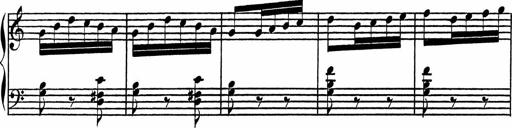
Title: 4 Piano Sonatinas
Composer: Adam Geibel